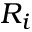
R _ { i }